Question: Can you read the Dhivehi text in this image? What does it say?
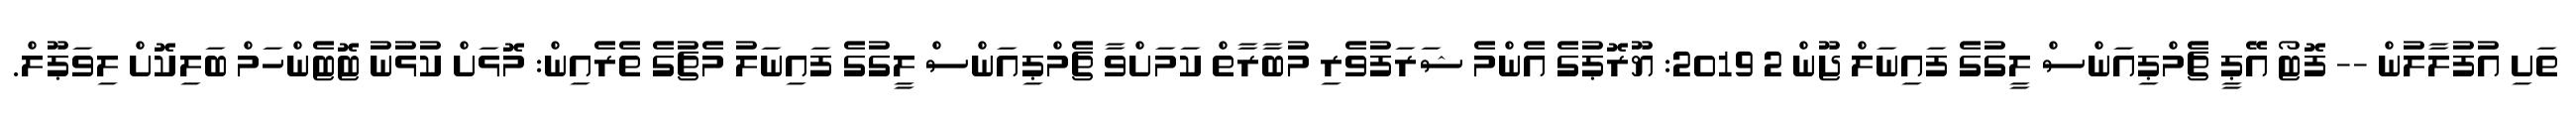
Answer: ތަށި އުފުލާލުން -- ފޮޓޯ އޭޕީ ޗެމްޕިއަންސް ލީގުގެ ފައިނަލް ޖޫން 2 2019: ޔޫރޮޕުގެ އެންމެ ޝަރަފުވެރި މުބާރާތް ކަމަށްވާ ޗެމްޕިއަންސް ލީގުގެ ފައިނަލު މެޗުގެ ތެރެއިން: މޮޅަށް ކުޅުނު ޓޮޓެންހަމް ބަލިކޮށް ލިވަޕޫލް.